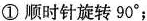
①顺时针旋转90^{\circ}；